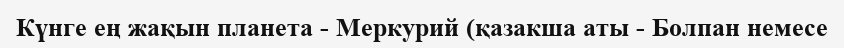
Күнге ең жақын планета - Меркурий (қазакша аты - Болпан немесе